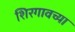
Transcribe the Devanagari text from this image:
शिरगावच्या